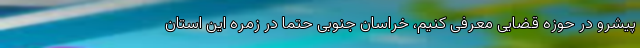
پیشرو در حوزه قضایی معرفی کنیم، خراسان جنوبی حتماً در زمره این استان